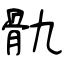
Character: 骩